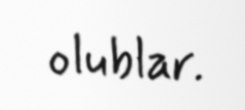
olublar.